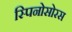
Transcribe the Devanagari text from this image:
स्‍पिनोसोरस